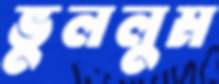
ভুললুম